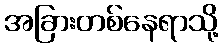
အခြားတစ်နေရာသို့